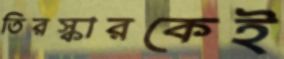
তিরস্কারকেই